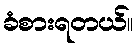
ခံစားရတယ်။